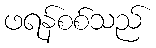
ဖရန်စစ်သည်